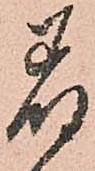
着